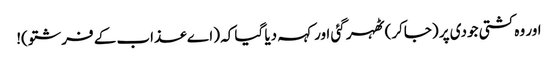
اور وہ کشتی جودی پر (جاکر) ٹھہر گئی اور کہہ دیا گیا کہ (اے عذاب کے فرشتو)!